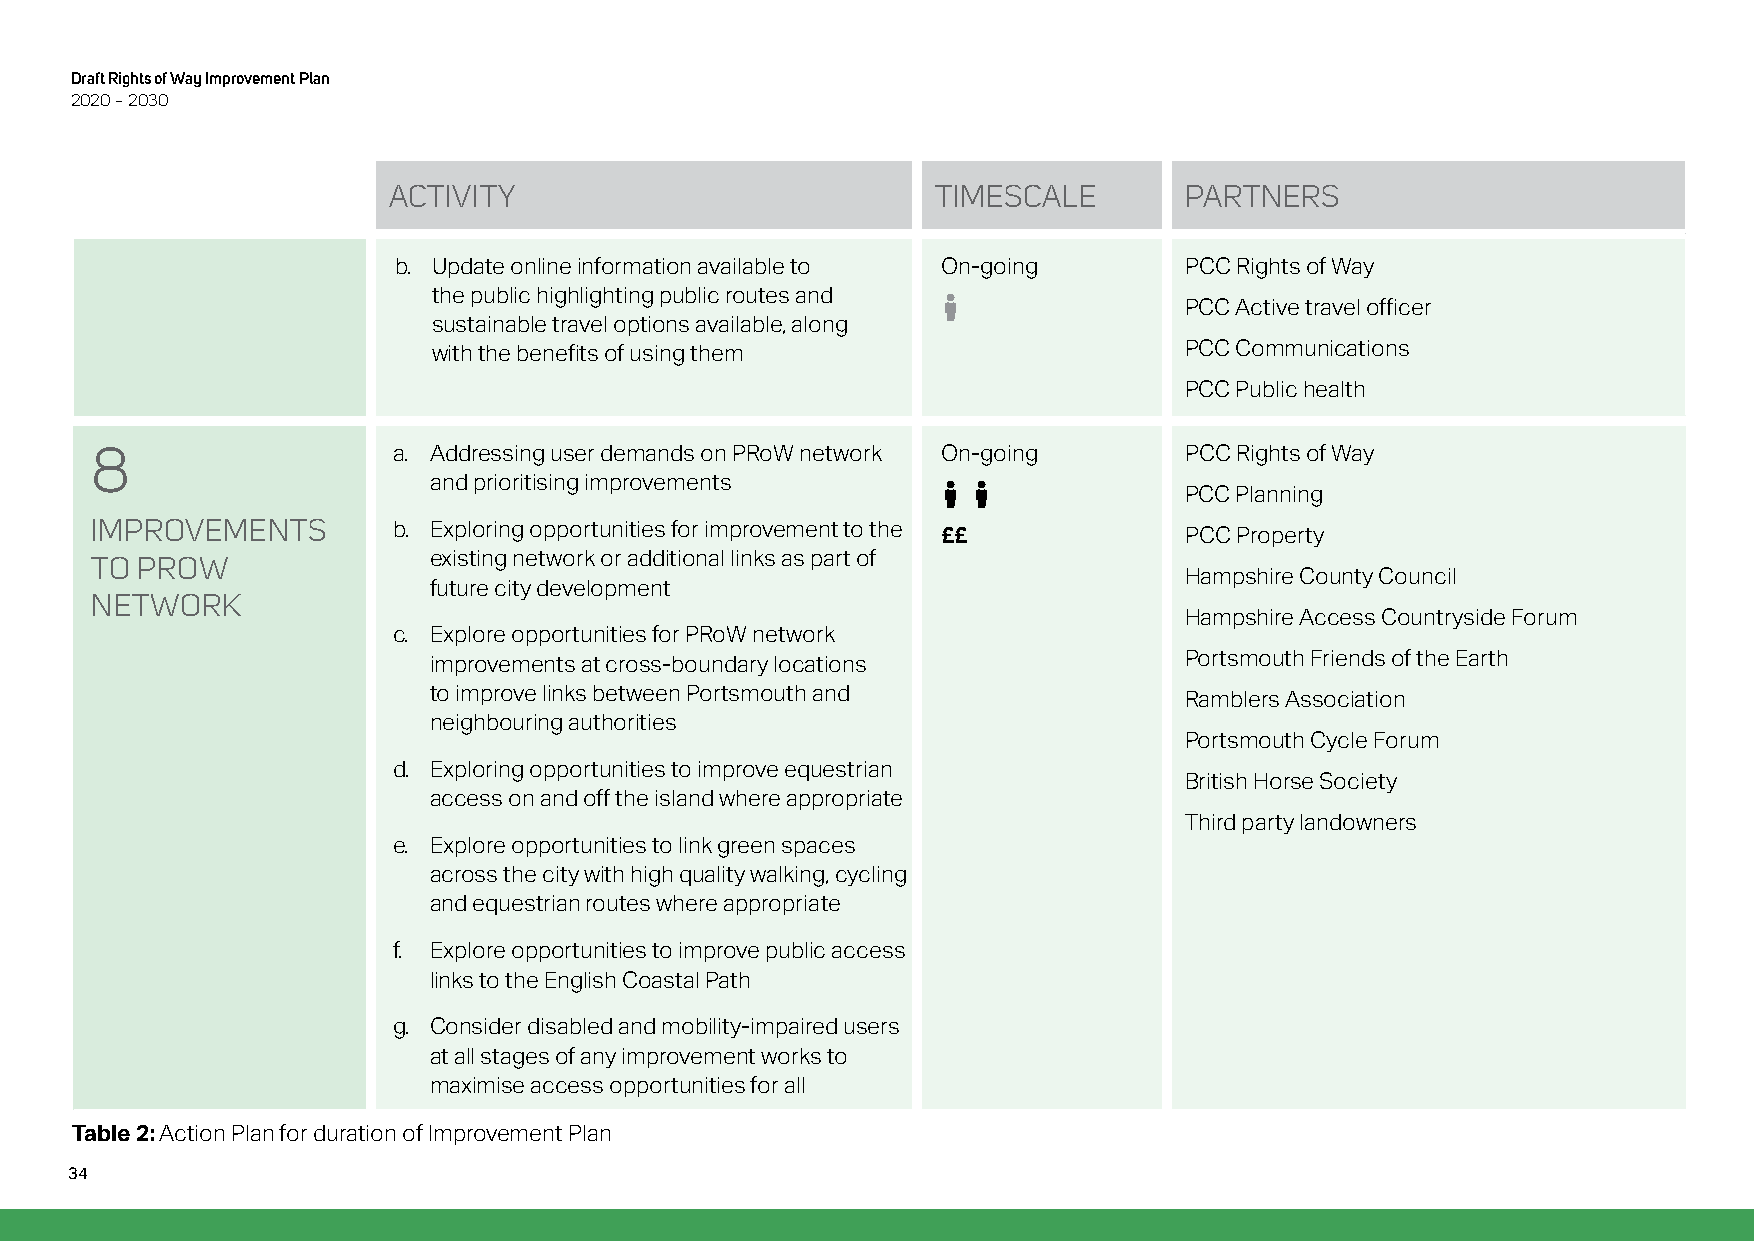
Draft Rights of Way Improvement Plan
 2020 – 2030
 ACTIVITY                            TIMESCALE       PARTNERS
 b. Update online information available to On-going  PCC Rights of Way
 the public highlighting public routes and Street-view-primary
 PCC Active travel officer
 sustainable travel options available, along
 with the benefits of using them                  PCC Communications
 PCC Public health
 8
 a. Addressing user demands on PRoW network On-going PCC Rights of Way
 and prioritising improvements     Street-view-primaryStreet-view-primary
 PCC Planning
 IMPROVEMENTS
 b. Exploring opportunities for improvement to the ££ PCC Property
 TO PROW
 existing network or additional links as part of
 Hampshire County Council
 NETWORK               future city development
 Hampshire Access Countryside Forum
 c. Explore opportunities for PRoW network
 improvements at cross-boundary locations          Portsmouth Friends of the Earth
 to improve links between Portsmouth and           Ramblers Association
 neighbouring authorities
 Portsmouth Cycle Forum
 d. Exploring opportunities to improve equestrian
 British Horse Society
 access on and off the island where appropriate
 Third party landowners
 e. Explore opportunities to link green spaces
 across the city with high quality walking, cycling
 and equestrian routes where appropriate
 f. Explore opportunities to improve public access
 links to the English Coastal Path
 g. Consider disabled and mobility-impaired users
 at all stages of any improvement works to
 maximise access opportunities for all
 Table 2: Action Plan for duration of Improvement Plan
 34